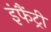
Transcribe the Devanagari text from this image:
इंफैंट्री